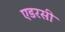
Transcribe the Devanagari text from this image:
एडरसी